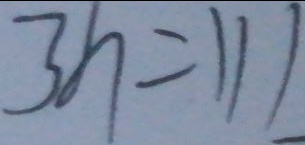
3 h = 1 1 1